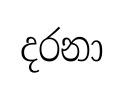
දරනා